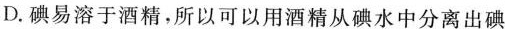
D.碘易溶于酒精，所以可以用酒精从碘水中分离出碘